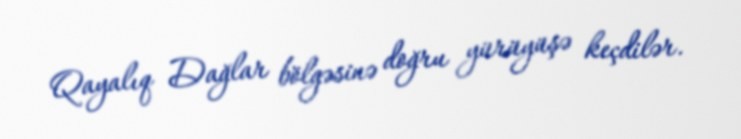
Qayalıq Dağlar bölgəsinə doğru yürüyüşə keçdilər.